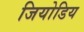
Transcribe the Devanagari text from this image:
जियोडिय